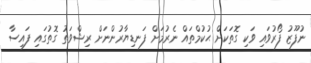
ނުފޫޒު ފޯރުވައި ވަކި ގޮތަކަށް ޙުކުމްތައް ނެރުމަށް ފަނޑިޔާރުންނަށް ރިޝްވަތު ގޮތުގައި ފައިސާ